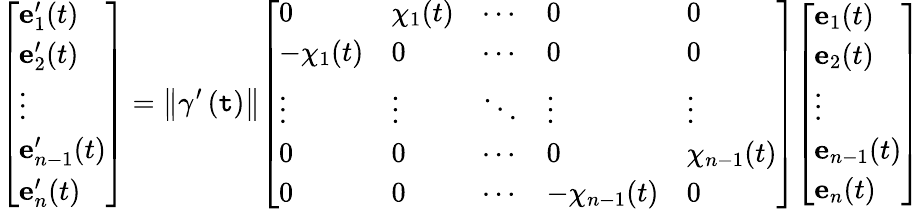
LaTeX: {\left[\begin{array}{l}{\mathbf{e}_{1}^{\prime}(t)}\\ {\mathbf{e}_{2}^{\prime}(t)}\\ {\vdots}\\ {\mathbf{e}_{n-1}^{\prime}(t)}\\ {\mathbf{e}_{n}^{\prime}(t)}\end{array}\right]}=\left\Vert\gamma^{\prime}\left(\mathtt{t}\right)\right\Vert{\left[\begin{array}{lllll}{0}&{\chi_{1}(t)}&{\cdots}&{0}&{0}\\ {-\chi_{1}(t)}&{0}&{\cdots}&{0}&{0}\\ {\vdots}&{\vdots}&{\ddots}&{\vdots}&{\vdots}\\ {0}&{0}&{\cdots}&{0}&{\chi_{n-1}(t)}\\ {0}&{0}&{\cdots}&{-\chi_{n-1}(t)}&{0}\end{array}\right]}{\left[\begin{array}{l}{\mathbf{e}_{1}(t)}\\ {\mathbf{e}_{2}(t)}\\ {\vdots}\\ {\mathbf{e}_{n-1}(t)}\\ {\mathbf{e}_{n}(t)}\end{array}\right]}